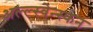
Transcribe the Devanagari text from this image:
अल्ल्स्वेन्स्कन